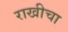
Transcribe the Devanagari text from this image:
राखीचा